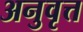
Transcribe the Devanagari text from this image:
अनुवृत्त